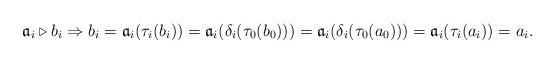
LaTeX: \begin{align*}\mathfrak{a}_i\triangleright b_i \Rightarrow b_i=\mathfrak{a}_i(\tau_i(b_i))=\mathfrak{a}_i(\delta_i(\tau_0(b_0)))=\mathfrak{a}_i(\delta_i(\tau_0(a_0)))=\mathfrak{a}_i(\tau_i(a_i))=a_i.\end{align*}